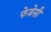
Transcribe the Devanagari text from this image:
फेबेसी